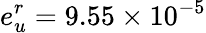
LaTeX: e_{u}^{r}=9.55\times 10^{-5}